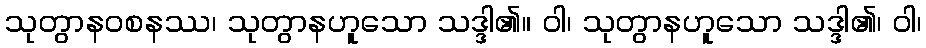
သုတွာနဝစနဿ၊ သုတွာနဟူသော သဒ္ဒါ၏။ ဝါ၊ သုတွာနဟူသော သဒ္ဒါ၏၊ ဝါ၊